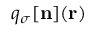
q _ { \sigma } [ { \bf n } ] ( { \bf r } )